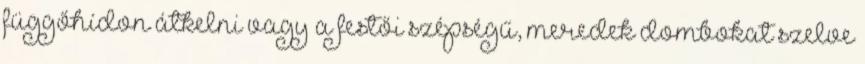
függőhídon átkelni vagy a festői szépségű, meredek dombokat szelve